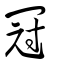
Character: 冠